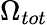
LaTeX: \Omega_{tot}